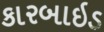
કારબાઇડ